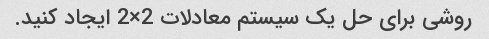
روشی برای حل یک سیستم معادلات 2×2 ایجاد کنید.